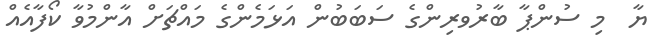
ޔާ  މި ސުންޕާ ބާރުވރިންގެ ސަބަބުން އަޅަމެންގެ މައްޗަށް އާންމުވާ ކޯފާއެއް